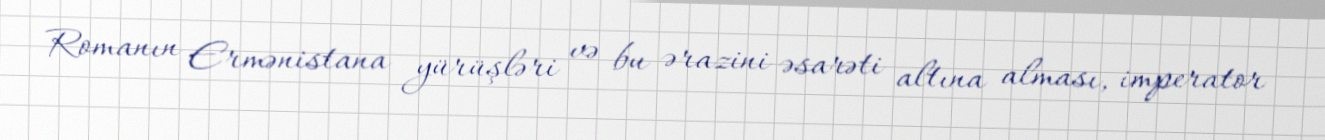
Romanın Ermənistana yürüşləri və bu ərazini əsarəti altına alması, imperator